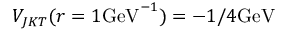
V _ { J K T } ( r = 1 \mathrm { G e V } ^ { - 1 } ) = - 1 / 4 \mathrm { G e V }